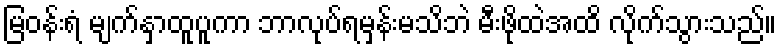
မြဝန်းရံ မျက်နှာထူပူကာ ဘာလုပ်ရမှန်းမသိဘဲ မီးဖိုထဲအထိ လိုက်သွားသည်။